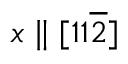
x \parallel [ 1 1 \overline { { 2 } } ]